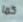
كما